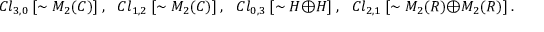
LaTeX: C l _ { 3 , 0 } ~ [ \sim M _ { 2 } ( { \cal C } ) ] ~ , ~ ~ ~ C l _ { 1 , 2 } ~ [ \sim M _ { 2 } ( { \cal C } ) ] ~ , ~ ~ ~ C l _ { 0 , 3 } ~ [ \sim { \cal H } \oplus { \cal H } ] ~ , ~ ~ ~ C l _ { 2 , 1 } ~ [ \sim M _ { 2 } ( { \cal R } ) \oplus M _ { 2 } ( { \cal R } ) ] ~ .